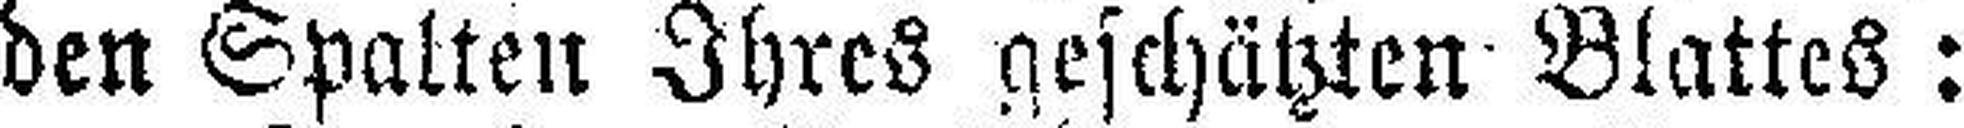
den Spalten Ihres geschätzten Blattes: